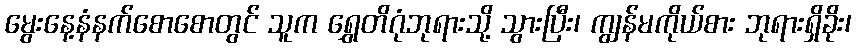
မွေးနေ့နံနက်စောစောတွင် သူက ရွှေတိဂုံဘုရားသို့ သွားပြီး၊ ကျွန်မကိုယ်စား ဘုရားရှိခိုး၊